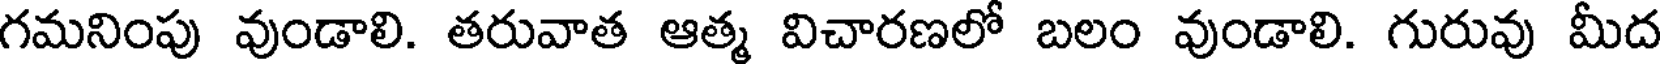
గమనింపు వుండాలి. తరువాత ఆత్మ విచారణలో బలం వుండాలి. గురువు మీద